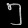
Digit: ၅